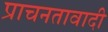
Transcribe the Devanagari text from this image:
प्राचनतावादी